Vaccination in Bombay 1874-1876 - 1874-1876
Year: 1874
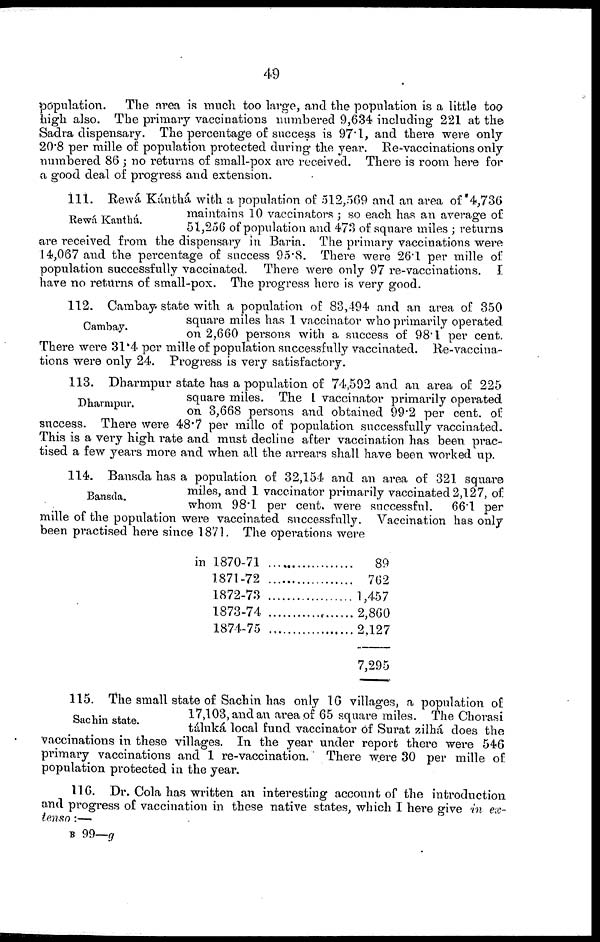
49
population.
The area is much too large, and the population is a little too
high also. The primary vaccinations numbered 9,634 including 221 at the
Sadra dispensary. The percentage of success is 97.1, and there were only
20.8 per mille of population protected during the year. Re-vaccinations only
numbered 86 ; no returns of small-pox are received. There is room here for
a good deal of progress and extension.
Rewá Kanthá.
111.
Rewá Kánthá with a population of 512,569 and an area of 4,736
maintains 10 vaccinators ; so each has an average of
51,256 of population and 473 of square miles ; returns
are received from the dispensary in Baria. The primary vaccinations were
14,067 and the percentage of success 95.8. There were 26.1 per mille of
population successfully vaccinated.
There were only 97 re-vaccinations.
I
have no returns of small-pox. The progress here is very good.
Cambay.
112. Cambay state with a population of 83,494 and an area of 350
square miles has 1 vaccinator who primarily operated
on 2,660 persons with a success of 98.1 per cent.
There were 31.4 per mille of population successfully vaccinated.
Re-vaccina-
tions were only 24. Progress is very satisfactory.
Dharmpur.
113. Dharmpur state has a population of 74,592 and an area of 225
square miles. The 1 vaccinator primarily operated
on 3,668 persons and obtained 99.2 per cent. of
success. There were 48.7 per mille of population successfully vaccinated.
This is a very high rate and must decline after vaccination has been prac-
tised a few years more and when all the arrears shall have been worked up.
Bansda.
114. Bansda has a population of 32,154 and an area of 321 square
miles, and 1 vaccinator primarily vaccinated 2,127, of
whom 98.1 per cent. were successful.
66.1 per
mille of the population were vaccinated successfully. Vaccination has only
been practised here since 1871. The operations were
in 1870-71
1871-72
1872-73
1873-74
.
1874-75
89
762
1,457
2,860
2,127
7,295
Sachin state.
115. The small state of Sachin has only 16 villages, a population of
17,103, and an area of 65 square miles. The Chorasi
táluká local fund vaccinator of Surat zilhá does the
vaccinations in these villages. In the year under report there were 546
primary vaccinations and 1 re-vaccination.
There were 30 per mille of
population protected in the year.
116. Dr. Cola has written an interesting account of the introduction
and progress of vaccination in these native states, which I here give in ex¬
tenso :—
B 99—g